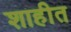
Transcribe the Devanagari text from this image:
शाहीत